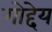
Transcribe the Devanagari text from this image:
गोद्देय